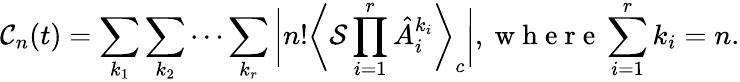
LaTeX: \mathcal{C}_{n}(t)=\sum_{k_{1}}\sum_{k_{2}}\cdots\sum_{k_{r}}\bigg|n!\bigg\langle\mathcal{S}\prod_{i=1}^{r}\hat{A}_{i}^{k_{i}}\bigg\rangle_{c}\bigg|,\mathrm{~w~h~e~r~e~}\sum_{i=1}^{r}k_{i}=n.